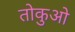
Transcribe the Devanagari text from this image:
तोकुओ